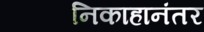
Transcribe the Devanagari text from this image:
निकाहानंतर